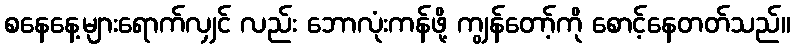
စနေနေ့များရောက်လျှင် လည်း ဘောလုံးကန်ဖို့ ကျွန်တော့်ကို စောင့်နေတတ်သည်။